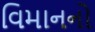
વિમાનનો